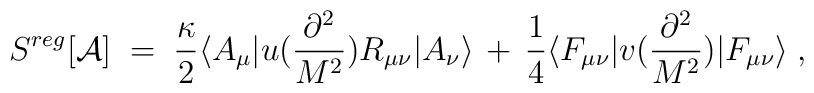
S^{reg}[{\mathcal A}]\;=\;\frac{\kappa}{2} \langle A_\mu | u(\frac{\partial^2}{M^2}) R_{\mu\nu}| A_\nu \rangle \,+\,\frac{1}{4} \langle F_{\mu\nu}| v(\frac{\partial^2}{M^2})|F_{\mu\nu}\rangle \;,